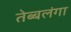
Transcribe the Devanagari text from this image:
तेब्बलंगा